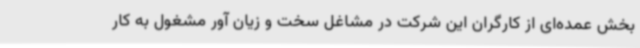
بخش عمده‌ای از کارگران این شرکت در مشاغل سخت و زیان آور مشغول به کار